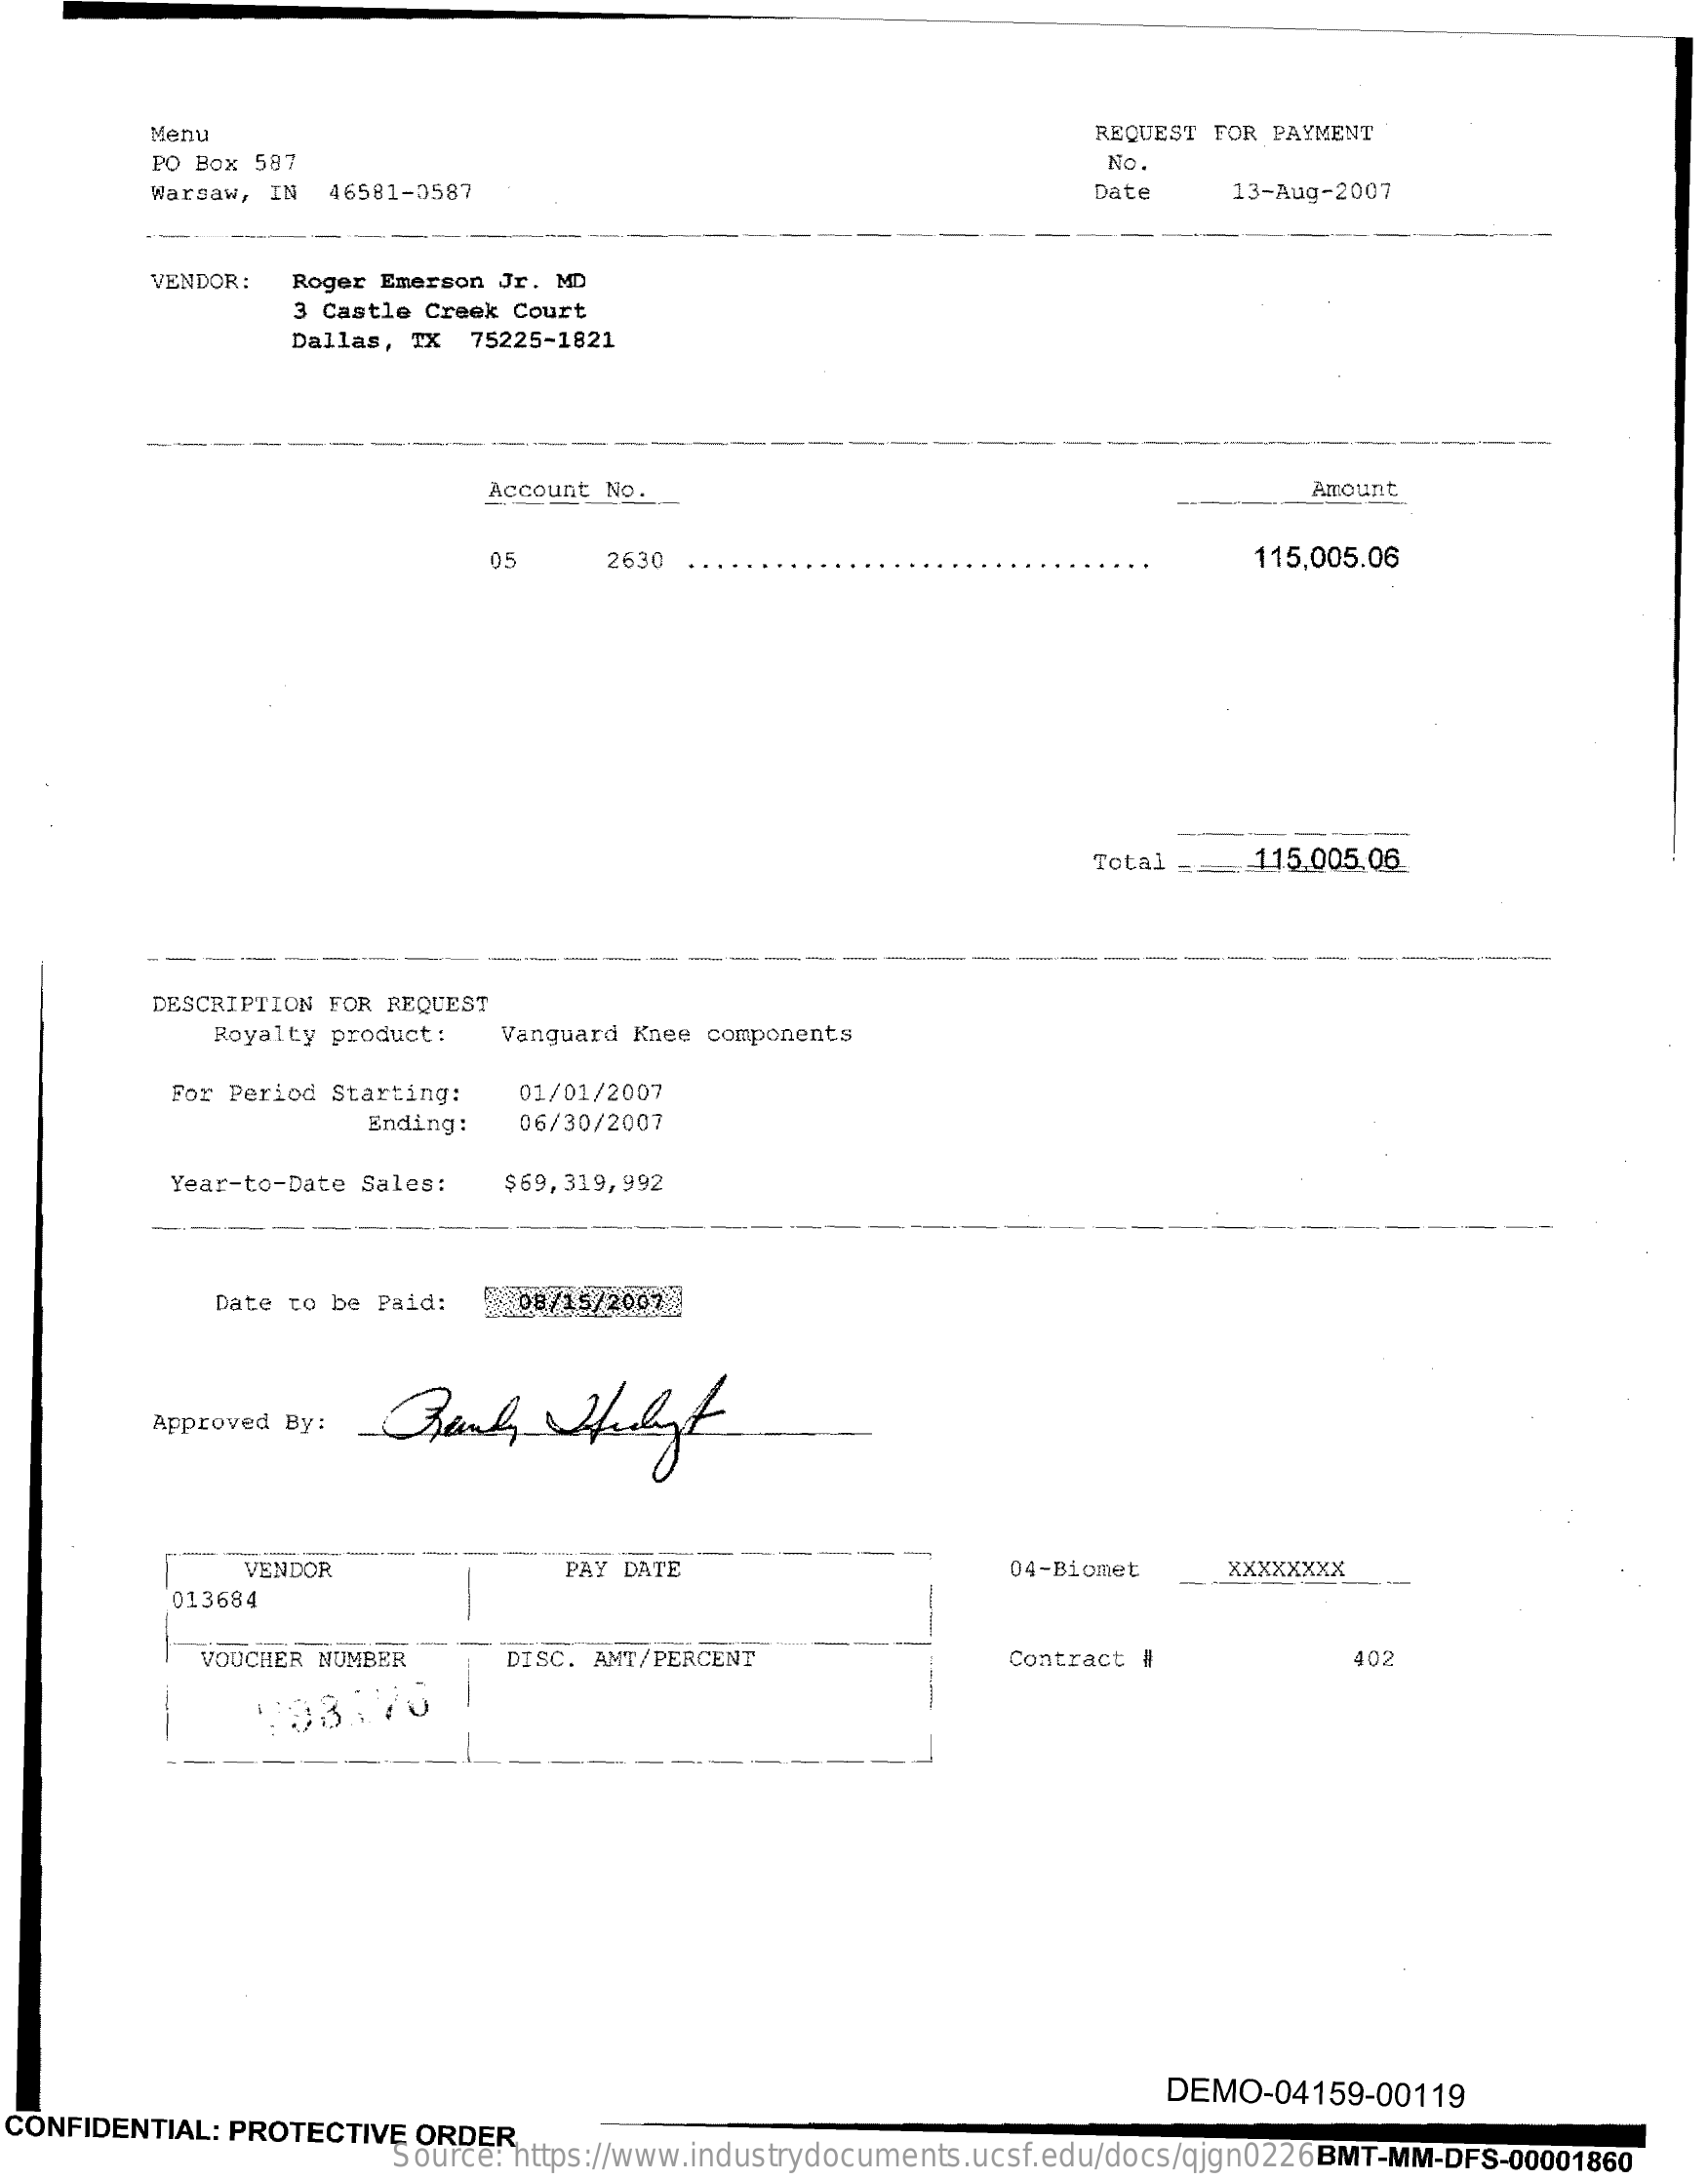
Menu    REQUEST FOR PAYMENT
     PO BOX 587    No.
     Warsaw, IN 46581-0587    Date    13-Aug-2007
     VENDOR:  Roger Emerson Jr. MD
     3 Castle Creek Court
     Dallas, TX 75225-1821
     --
     Account No.    Amount
     05    2630    115,005.06
     Total ==  115.005.06
     DESCRIPTION FOR REQUEST
     Royalty product : Vanguard Knee components
     For Period Starting:  01/01/2007
     Ending:   06/30/2007
     Year-to-Date Sales:  $69, 319,992
     Date to be Paid:   08/15/2007
     Approved By:
     VENDOR    PAY DATE    04-Biomet    XXXXXXXX
     013684
     VOUCHER NUMBER    DISC. AMT/PERCENT    Contract #    402
     193.70
     DEMO-04159-00119
  CONFIDENTIAL: PROTECTIVE ORDER
     Source: https://www.industrydocuments.ucsf.edu/docs/qjgn0226 BMT-MM-DFS-00001860